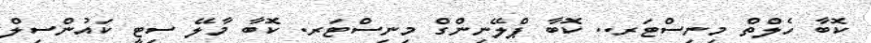
ކޮބާ ހެލްތް މިނިސްޓަރ.. ކޮބާ ޕްލޭނިންގް މިނިސްޓަރ. ކޮބާ މާލޭ ސިޓީ ކައުންސިލް